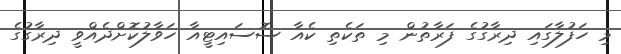
މި ހަފުލާގައި ދިރާގުގެ ފަރާތުން މި ތަކެތި ކެއާ ސޮސައިޓީއާ ހަވާލުކޮށްދެއްވީ ދިރާގުގެ